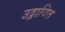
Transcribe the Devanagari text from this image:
उद्वाषित